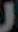
J